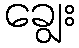
ချွေး